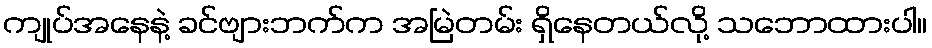
ကျုပ်အနေနဲ့ ခင်ဗျားဘက်က အမြဲတမ်း ရှိနေတယ်လို့ သဘောထားပါ။